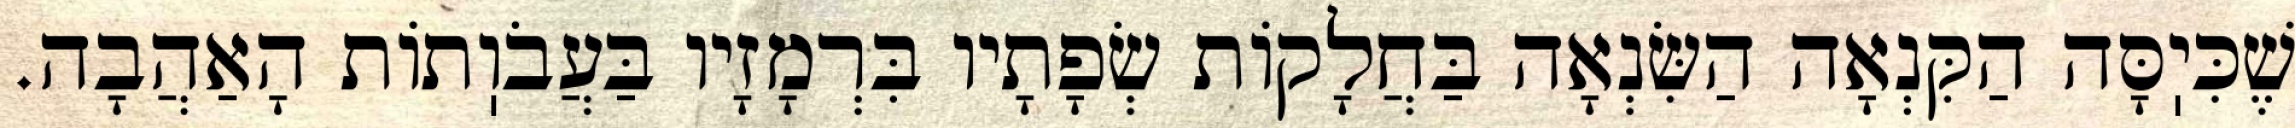
שֶׁכִּיֽסָּה הַקִּנְאָה הַשִּׂנְאָה בַּחֲלָקוֹת שְׂפָתָיו בִּרְמָזָיו בַּעֲבֹוֽתוֹת הָאַהֲבָה.